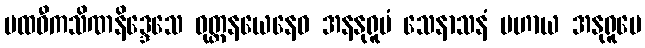
ပထဝီကသိဏနိဒ္ဒေသေ ဝုတ္တနယေနေဝ အနနုရူပံ သေနာသနံ ပဟာယ အနုရူပေ